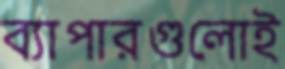
ব্যাপারগুলোই